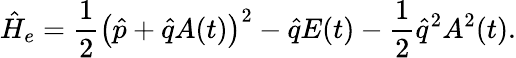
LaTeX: \hat{H}_{e}=\frac{1}{2}\left(\hat{p}+\hat{q}A(t)\right)^{2}-\hat{q}E(t)-\frac{1}{2}\hat{q}^{2}A^{2}(t).